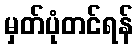
မှတ်ပုံတင်ရန်